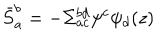
\bar { S } _ { a } ^ { b } = - \Sigma _ { a c } ^ { b d } \psi ^ { c } \psi _ { d } ( z )